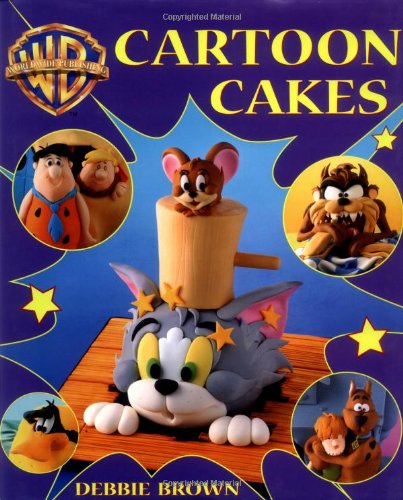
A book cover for Cartoon Cakes; Debbie Brown; Cookbooks, Food & Wine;